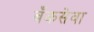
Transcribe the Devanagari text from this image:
बँकसेवा